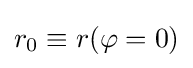
r_{0}\equiv r(\varphi =0)